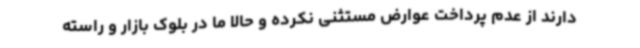
دارند از عدم پرداخت عوارض مستثنی نکرده و حالا ما در بلوک بازار و راسته